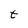
Character: t